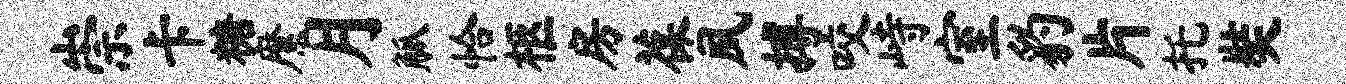
崇卡糖縻月觚恰柩房葆夙搏咬峙室豹片托奘